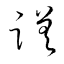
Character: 蹉